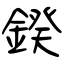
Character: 鍨